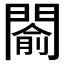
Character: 𨵦